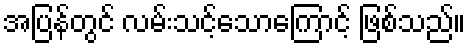
အပြန်တွင် လမ်းသင့်သောကြောင့် ဖြစ်သည်။